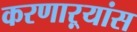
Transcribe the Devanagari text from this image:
करणाऱ्यांस